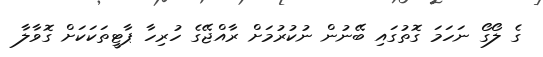
ގެ ލޯގޯ ނަހަމަ ގޮތުގައި ބޭނުން ނުކުރުމަށް ރާއްޖޭގެ ހުރިހާ ޕާޓީތަކަކަށް ގޮވާލާ